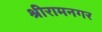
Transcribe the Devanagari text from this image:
श्रीरामनगर